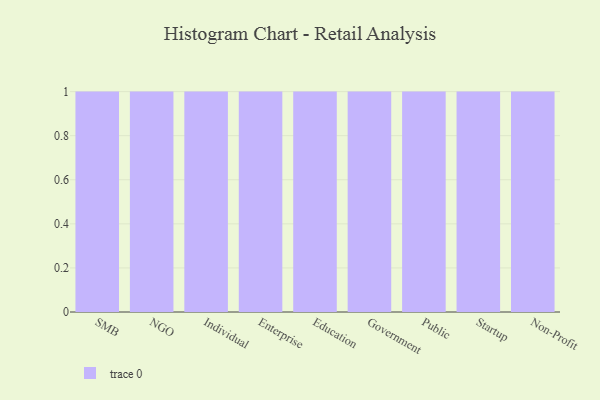
{"axis": {"x": "Segment", "y": "Gross Profit (USD K)"}, "legend": [""], "data": [{"x": "SMB", "y": 4, "type": ""}, {"x": "NGO", "y": 79, "type": ""}, {"x": "Individual", "y": 59, "type": ""}, {"x": "Enterprise", "y": 35, "type": ""}, {"x": "Education", "y": 23, "type": ""}, {"x": "Government", "y": 91, "type": ""}, {"x": "Public", "y": 75, "type": ""}, {"x": "Startup", "y": 8, "type": ""}, {"x": "Non-Profit", "y": 2, "type": ""}]}